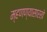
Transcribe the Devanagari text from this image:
म्हणण्यासारखे